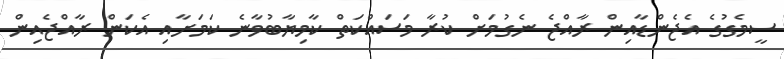
ސީމެގުގެ އެޖެންޑާއިން ރާއްޖެ ނެގުމަށް ކުރާ މަސައްކަތް ކާމިޔާބުވާނެ ކަމަށާއި އެކަން ރާއްޖެއިން